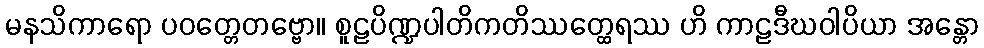
မနသိကာရော ပဝတ္တေတဗ္ဗော။ စူဠပိဏ္ဍပါတိကတိဿတ္ထေရဿ ဟိ ကာဠဒီဃဝါပိယာ အန္တော